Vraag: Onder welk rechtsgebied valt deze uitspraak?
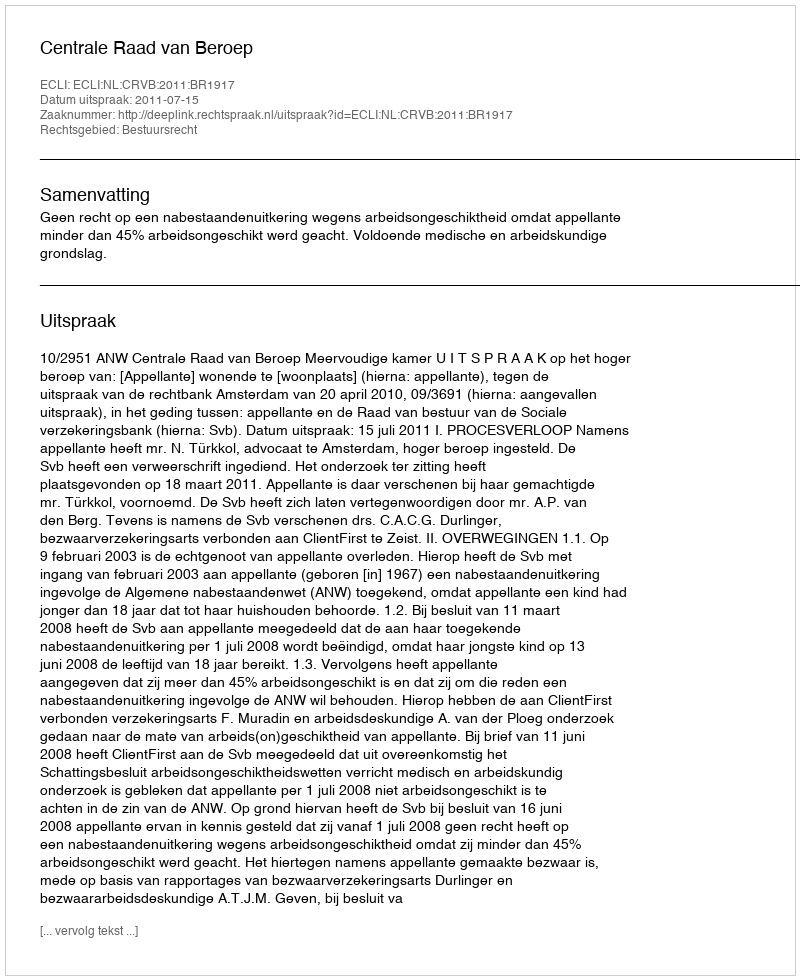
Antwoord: Bestuursrecht